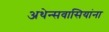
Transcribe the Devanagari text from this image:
अथेन्सवासियांना